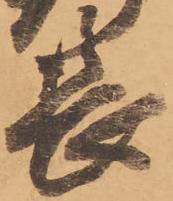
長